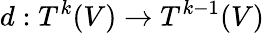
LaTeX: d:T^{k}(V)\to T^{k-1}(V)